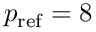
p _ { \mathrm { r e f } } = 8